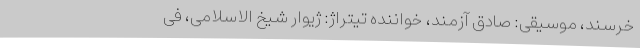
خرسند، موسیقی: صادق آزمند، خواننده تیتراژ: ژیوار شیخ الاسلامی، فی